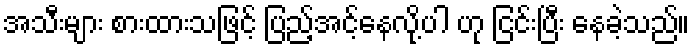
အသီးများ စားထားသဖြင့် ပြည့်အင့်နေလို့ပါ ဟု ငြင်းပြီး နေခဲ့သည်။